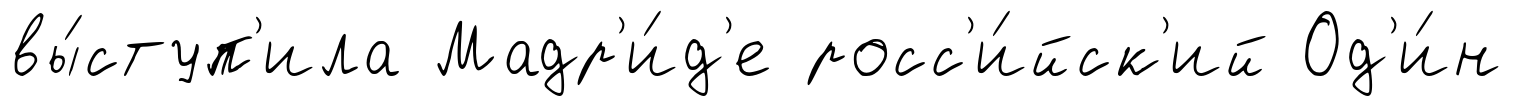
вы́ступ'ила Мадр'и́д'е росс'и́йск'ий Од'и́н